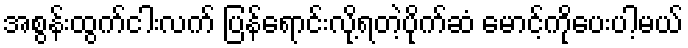
အစွန်းထွက်ငါးလက် ပြန်ရောင်းလို့ရတဲ့ပိုက်ဆံ မောင့်ကိုပေးပါ့မယ်